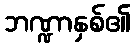
ဘဏ္ဍာနှစ်၏